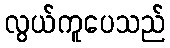
လွယ်ကူပေသည်